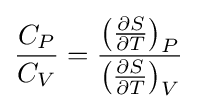
{\frac {C_{P}}{C_{V}}}={\frac {\left({\frac {\partial S}{\partial T}}\right)_{P}}{\left({\frac {\partial S}{\partial T}}\right)_{V}}}